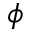
\phi